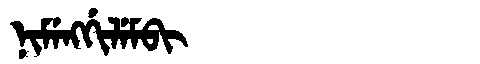
Manchu: ᠨᡳᠮᡝᠩᡤᡳᠯᡝᠮᠪᡳ
Romanization: NIMENGGILEMBI